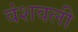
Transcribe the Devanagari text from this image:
वंशवली